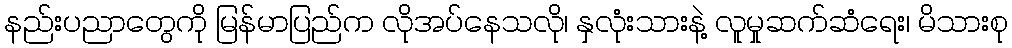
နည်းပညာတွေကို မြန်မာပြည်က လိုအပ်နေသလို၊ နှလုံးသားနဲ့ လူမှုဆက်ဆံရေး၊ မိသားစု